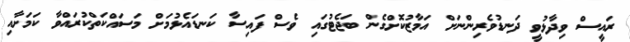
ރައީސް ވިދާޅުވީ ދަނޑުވެރިންނަށް އަމާޒުކޮށްގެން ބަޖެޓުގައި ވެސް ފައިސާ ކަނޑައެޅުމަށް މަސައްކަތްކުރައްވާ ކަމަށާއި